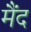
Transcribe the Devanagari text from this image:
मैंद